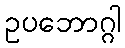
ဥပဘောဂ္ဂါ